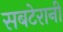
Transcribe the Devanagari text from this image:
सबटेरानी